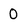
Character: O